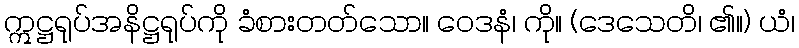
ဣဋ္ဌရုပ်အနိဋ္ဌရုပ်ကို ခံစားတတ်သော။ ဝေဒနံ၊ ကို။ (ဒေသေတိ၊ ၏။) ယံ၊